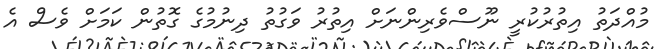
މުއްދަތު އިތުރުކުރީ ނޫސްވެރިންނަށް އިތުރު ވަގުތު ދިނުމުގެ ގޮތުން ކަމަށް ވެސް އެ